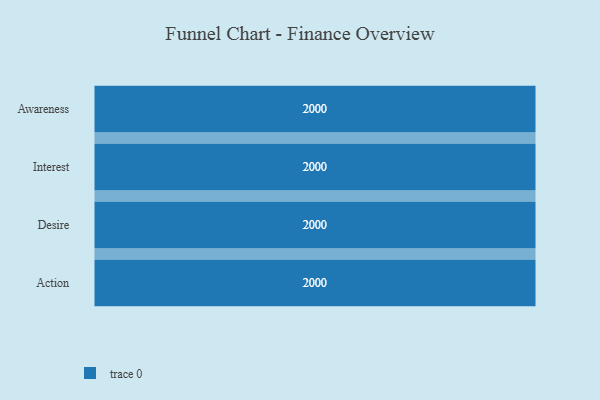
{"axis": {"x": "Stage", "y": "Value"}, "legend": [""], "data": [{"x": "Awareness", "y": 2000, "type": ""}, {"x": "Interest", "y": 2000, "type": ""}, {"x": "Desire", "y": 2000, "type": ""}, {"x": "Action", "y": 2000, "type": ""}]}